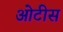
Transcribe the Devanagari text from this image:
ओटीस